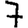
Digit: 7